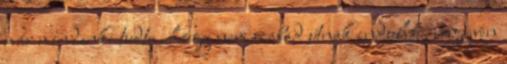
már mindenki tudta, hogy nem szabad útnak indulni, negyven